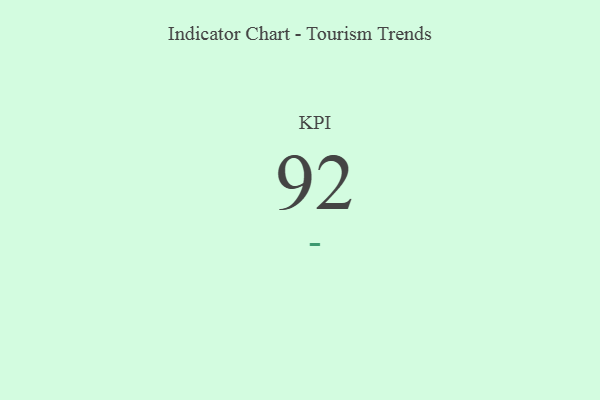
{"axis": {"x": "KPI", "y": "Value"}, "legend": [""], "data": [{"x": "KPI", "y": 92, "type": ""}]}